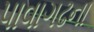
પાવાગઢના